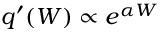
q ^ { \prime } ( W ) \propto e ^ { \alpha W }